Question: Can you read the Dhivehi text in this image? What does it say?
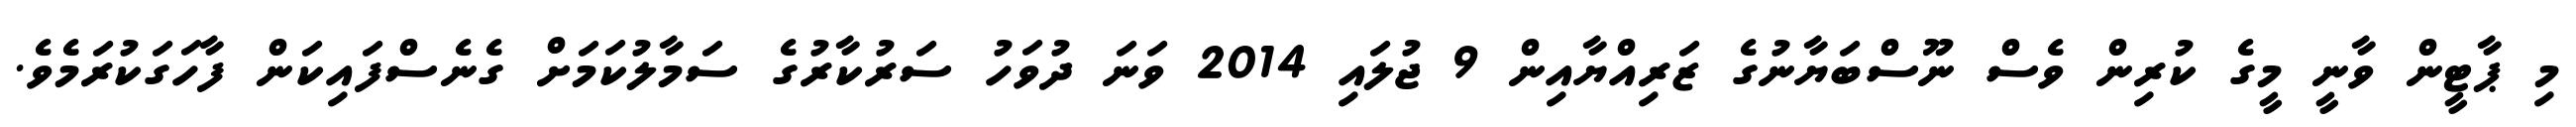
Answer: މި ޕާޓީން ވާނީ މީގެ ކުރިން ވެސް ނޫސްބަޔާނުގެ ޒަރިއްޔާއިން 9 ޖުލައި 2014 ވަނަ ދުވަހު ސަރުކާރުގެ ސަމާލުކަމަށް ގެނެސްފައިކަން ފާހަގަކުރަމެވެ.